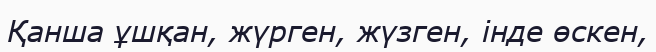
Қанша ұшқан, жүрген, жүзген, інде өскен,